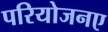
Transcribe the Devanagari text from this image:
परियोजनए